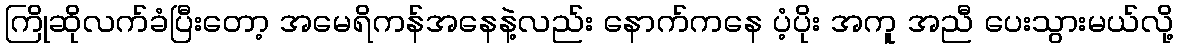
ကြိုဆိုလက်ခံပြီးတော့ အမေရိကန်အနေနဲ့လည်း နောက်ကနေ ပံ့ပိုး အကူ အညီ ပေးသွားမယ်လို့